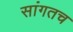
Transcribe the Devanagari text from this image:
सांगतच